Calcutta medical institutions reports 1879-81 [i.e.91]
Year: 1879
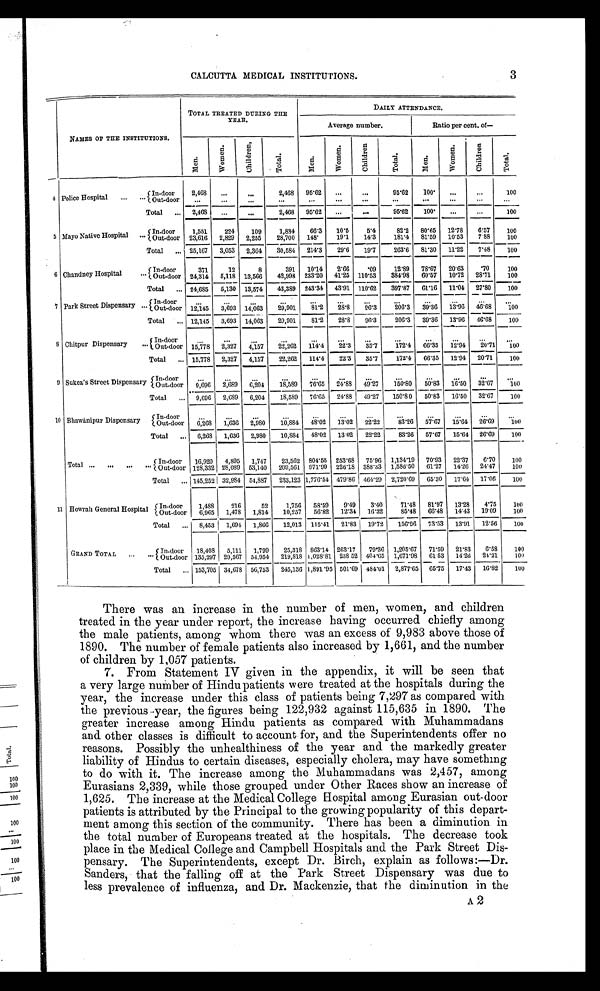
3
CALCUTTA MEDICAL INSTITUTIONS.
NAMES OF THE INSTITUTIONS.
TOTAL TREATED DURING THE
YEAR.
DAILY ATTENDANCE.
Average number.
Rat i o per cent . of —
M e n .
W o m e n .
C h i l d r e n ,
T o t a l .
M e n .
W o m e n .
C h i l d r e n
T o t a l .
M e n .
W o m e n .
C h i l d r e n
T o t a l .
4 Police Hospital ... ... In-door
2,468 ... ...
2,468 95.62 ...
...
95.62 100. ...
. . .
100
Out-door ...
...
. . .
...
...
...
...
...
...
. . . ...
. . .
Total ... 2,468 ...
. . .
2,468 95.62 ...
...
95.62 100. ...
...
100
5 Mayo Native Hospital ...
In-door 1 , 5 5 1
2 2 4
1 0 9 1,884 66.3
1 0 . 5 5 . 4
82.2 80.65
12.78
6 . 5 7 100
Out-door 2 3 , 6 1 6
2,829 2,255
28,700 148.
1 9 . 1 14. 3
181.4
81.59
1 0 . 5 3
7 . 8 8
100
Total ... 25,167 3,053 2,364 30,584 214.3
29.6 19.7 263.6 81.30 11.22 7.48 100
6 Chandney Hospital
. . . In-door
371
12
8
391 10.14 2.66 .09
12.89 78.67 20.63 .70
100
Out-door 24,314 5,118 13,566 42,998 233.20 41.25 110.53 384.98 60.57 10.72 28.71 100
Total ... 24,685 5,130 13,574 43,389 243.34 43.91 110.62 397.87 61.16 11.04 27.80
100
7 Park Street Dispensary ... In-door
. . .
. . .
...
...
. . .
. . .
. . .
...
. . .
. . .
. . .
. . .
Out-door 12,145 3,693 14,063
29,901
8 1 . 2 28.8 96.3
206. 3 39.36 13.96 46.68 100
Total ... 12,145 3,693 14,063 29,901 81.2 28.8 96.3
206.3 39.36 13.96 46.68 100
8 Chitpur Dispensary ... In-door
. . .
. . .
...
...
. . .
. . .
. . .
...
. . .
. . .
. . .
. . .
Out-door 15,778 2,327 4,157 22,262 114.4 22.3 35.7 172.4 66.35 12.94 20.71 100
Total ... 15,778 2,327 4,157 22,262 114.4 22.3 35.7
172.4 66.35 12.94 20.71 100
9 Sukea's Street Dispensary In-door
. . .
. . . ...
...
. . .
. . .
. . .
...
. . .
. . .
. . .
. . .
Out-door 9,696 2,689 6,204 18,589 76.65 24.88 49.27
1 5 0 . 8 0 50.83 16.50 32.67 100
Total ... 9,696 2,689 6,204 18,589 76.65 24.88 49.27 150.80 50.83 16.50 32.67 100
10 Bhawánipur Dispensary
In-door
. . .
. . . ...
...
. . .
. . .
. . . ...
. . .
. . .
. . .
. . .
Out-door 6,268 1,636 2,980 10,884 48.02 13.02 22.22
83.26 57.67 15.64 26.69 100
Total ... 6,268 1,636 2,980 10,884 48.02 13.02 22.22
83.26 57.67 15.64 26.69
100
Total . . . . . .
. . .
. . . In-door 16,920 4,895 1,747 23,562 804.55 253.68 75.96 1,134.19 70.93 22.37 6.70 100
Out-door 128,332 28,089 53,140 209,561 971.99 226.18 388.33 1,586.50 61.27 14.26 24.47
1 0 0
Total ... 145,252 32,984 54,887 233,123 1,776.54 479.86 464.29 2,720.69 65.30 17.64 17.06
100
11 Howrah General Hospital In-door 1,488
216
52
1,756 58.59 9.49 3.40
71.48 81.97 13.28 4.75
100
Out-door 6,965 1,478 1,814 10,257 56.82 12.34 16.32
85.48 66.48 14.43 19.09
100
Total ... 8,453 1,694 1,866 12,013 115.41 21.83 19.72 156.96 73.53 13.91 12.56
100
GRAND TOTAL . . .
. . . In-door 18,408 5,111 1,799 25,318 863.14 263.17 79.36 1,205.67 71.59 21.83 6.58
100
Out-door 135,297 29,567 54,954 219,818 1,028.81 238.52 404.65 1,67
1.98 61.53 14.26 24.21
100
Total ... 153,705 34,678 56,753 245,136 1,891.95 501.69 484.01 2,877.65 65.75 17.43 16.82
100
There was an increase in the number of men, women, and children
treated in the year under report, the increase having occurred chiefly among
the male patients, among whom there was an excess of 9,983 above those of
1890. The number of female patients also increased by 1,661, and the number
of children by 1,057 patients.
7. From Statement IV given in the appendix, it will be seen that
a very large number of Hindu patients were treated at the hospitals during the
year, the increase under this class of patients being 7,297 as compared with
the previous-year, the figures being 122,932 against 115,635 in 1890. The
greater increase among Hindu patients as compared with Muhammadans
and other classes is difficult to account for, and the Superintendents offer no
reasons. Possibly the unhealthiness of the year and the markedly greater
liability of Hindus to certain diseases, especially cholera, may have something
to do with it. The increase among the Muhammadans was 2,457, among
Eurasians 2,339, while those grouped under Other Races show an increase of
1,625. The increase at the Medical College Hospital among Eurasian out-door
patients is attributed by the Principal to the growing popularity of this depart-
ment among this section of the community. There has been a diminution in
the total number of Europeans treated at the hospitals. The decrease took
place in the Medical College and Campbell Hospitals and the Park Street Dis-
pensary. The Superintendents, except Dr. Birch, explain as follows:—Dr.
Sanders, that the falling off at the Park Street Dispensary was due to
less prevalence of influenza, and Dr. Mackenzie, that the diminution in the
A 2